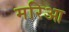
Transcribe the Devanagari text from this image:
मरिआ